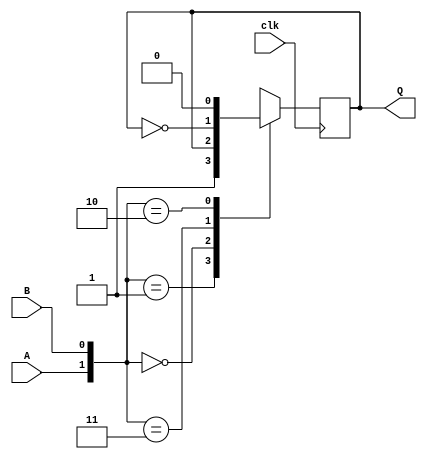
`timescale 1ns / 1ps


module ab(input A, input B, input clk, output reg Q);

    initial Q = 0; 

    always @(posedge clk)

	 begin

    case({A,B})
    2'b01 : Q <= 1;
    2'b00 : Q <= Q;
	 2'b11 : Q <= ~Q;
	 2'b10 : Q <= 0;
	 
	 endcase
    
	 end

endmodule

module ic1337(
              input I0,
              input I1,
              input I2,
              input clk,
              
              output Q0,
              output Q1,
              output Z);
	 
	assign W2 = !(I0 ^ !(I2 || !I1));
	
	assign W =  !(!I1 || I0) & !I2;
	
	wire tiempo;
	wire tiempo2;
	 
	 ab ff2(
	 .A(!I2),
	 .B(W2),
	 .clk(clk),
	 .Q(tiempo2)
	 );
	 
	 
	 ab ff1(
	 .A(W),
	 .B(I2),
	 .clk(clk),
	 .Q(tiempo)
	 );
	 

	 assign Q0 = tiempo;
	 assign Z = tiempo ^ tiempo2;
	 assign Q1 = tiempo2;

endmodule